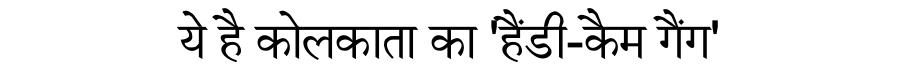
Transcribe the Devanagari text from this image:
ये है कोलकाता का 'हैंडी-कैम गैंग'